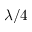
\lambda / 4